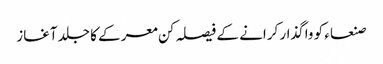
صنعاء کو واگذار کرانے کے فیصلہ کن معرکے کا جلد آغاز